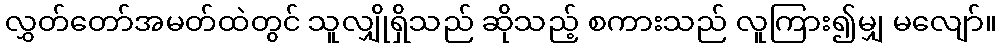
လွှတ်တော်အမတ်ထဲတွင် သူလျှိုရှိသည် ဆိုသည့် စကားသည် လူကြား၍မျှ မလျော်။